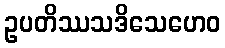
ဥပတိဿသဒိသေဟေဝ